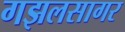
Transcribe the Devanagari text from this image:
गझलसागर